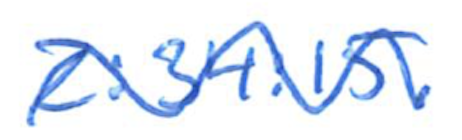
Text: 2:34:15.
Cross-out: mix
Writing tool: ballpoint